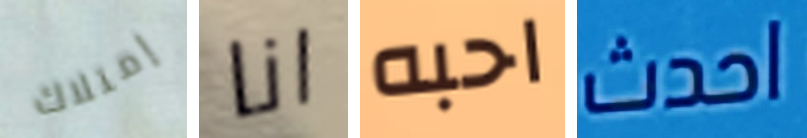
إمتلاك انا احبه احدث